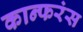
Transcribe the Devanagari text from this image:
कान्फरंस